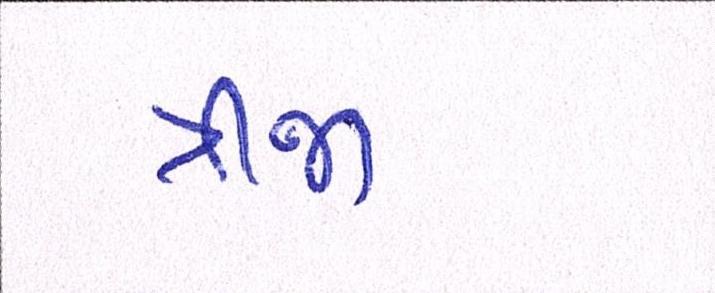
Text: ત્રીજી